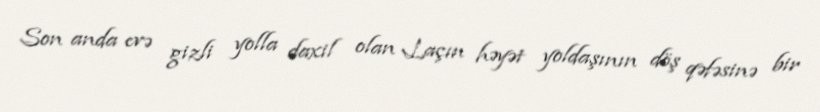
Son anda evə gizli yolla daxil olan Laçın həyət yoldaşının döş qəfəsinə bir